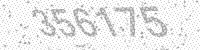
Solution: 356175